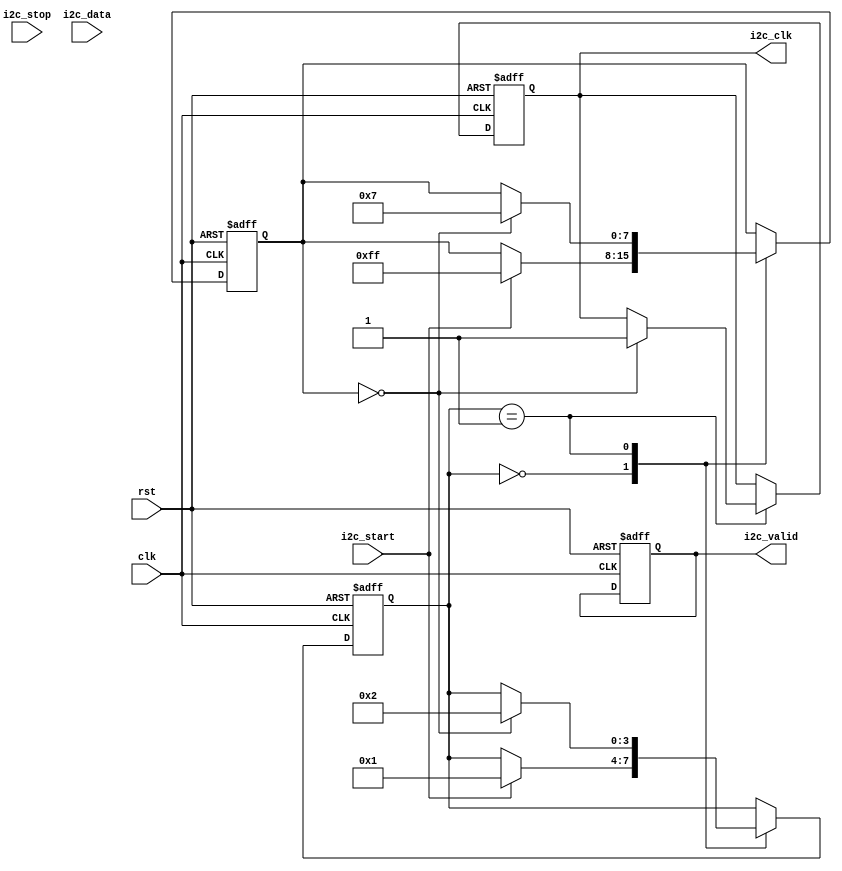
module i2c_timing_control (
    input wire clk,
    input wire rst,
    input wire i2c_start,
    input wire i2c_stop,
    input wire i2c_data,
    output reg i2c_clk,
    output reg i2c_valid
);

reg [7:0] counter;
reg [3:0] state;
reg error;

parameter S_IDLE = 4'b0000;
parameter S_START = 4'b0001;
parameter S_SLAVE_ADDR = 4'b0010;
parameter S_ACK = 4'b0011;
parameter S_READ_DATA = 4'b0100;
parameter S_WRITE_DATA = 4'b0101;
parameter S_STOP = 4'b0110;

always @(posedge clk or posedge rst) begin
    if (rst) begin
        counter <= 8'h00;
        state <= S_IDLE;
        i2c_clk <= 1'b0;
        i2c_valid <= 1'b0;
        error <= 1'b0;
    end else begin
        case (state)
            S_IDLE: begin
                if (i2c_start) begin
                    state <= S_START;
                    counter <= 8'hFF;
                end
            end
            S_START: begin
                if (counter == 8'h00) begin
                    state <= S_SLAVE_ADDR;
                    counter <= 8'h07;
                    i2c_clk <= 1'b1;
                end
            end
            // Add other states here
        endcase
    end
end

endmodule